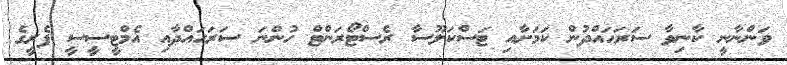
ވަންނާނީ ކާނިވާ ސަރަހައްދުން ކަމަށާއި ޓަސްކަލޫސާ ރެސްޓޯރަންޓް ހުންނަ ސަރަހައްދާއި އެމްޓީސީސީ ފެރީގެ